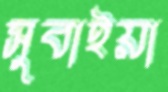
সুবাইয়া